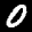
Digit: 0